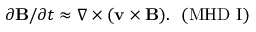
\partial { \bf B } / \partial t \approx \nabla \times ( \bf v \times \bf B ) . ~ ~ ( \mathrm { M H D ~ I ) }